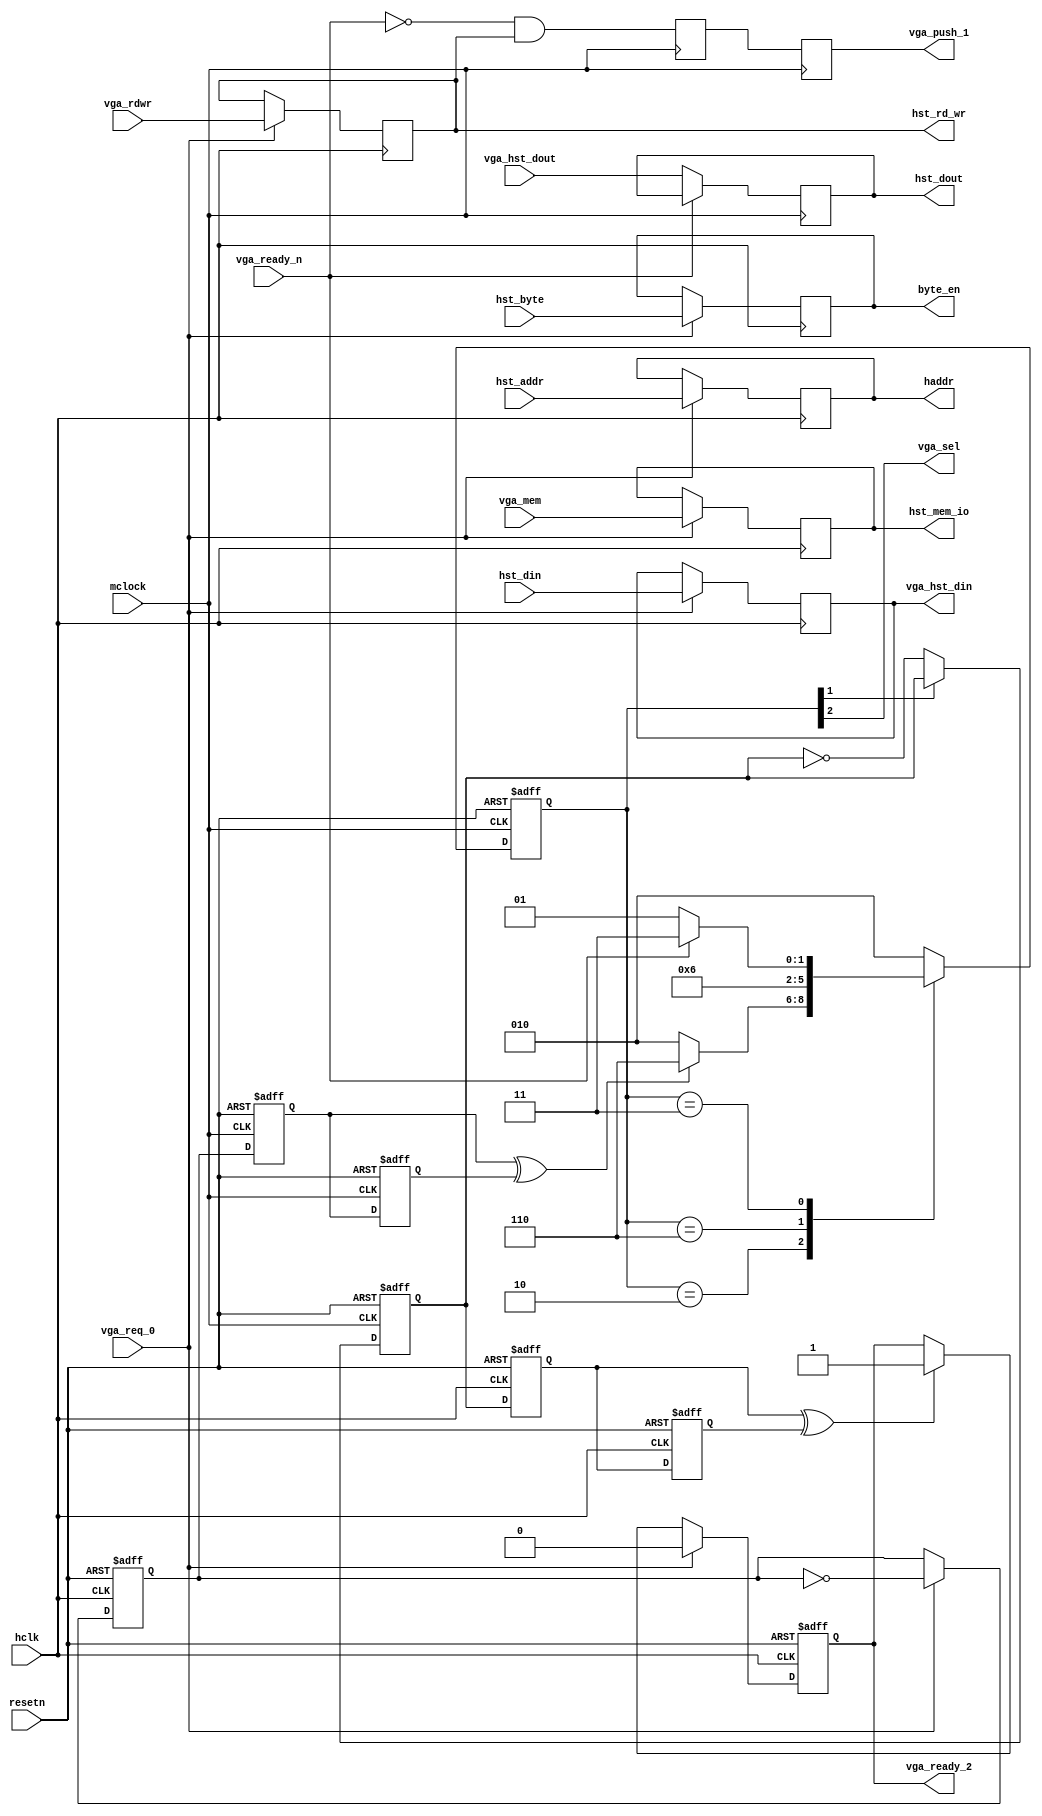
module vga_hint
    (
     input		hclk,		// Host Interface Clock
     input		resetn,		// PCI system resetn
     input		vga_req_0,	// Host VGA request
     input		vga_rdwr,	// Host VGA read/write request
     input		vga_mem,	// Host VGA memory request
     input	[3:0]	hst_byte,	// PCI Byte enables
     input	[31:0]	hst_din,	// PCI Data for writes
     input	[22:0]	hst_addr,	// PCI address
     input		mclock,		// Memory Clock
     input	[31:0]	vga_hst_dout,	// Data from VGA core 
     input		vga_ready_n,	// VGA cycle done
     
     output reg	[31:0]	hst_dout,	// Data to HBI
     output reg	[31:0]	vga_hst_din,	// Latched HBI data to VGA core
     output reg	[22:0]	haddr,		// Latched host addr
     output		vga_sel,	// VGA select (starts VGA host cycle)
     output reg		hst_rd_wr,	// VGA rd/wr cycle select
     output reg	[3:0]	byte_en,	// VGA data transfer size
     output reg		hst_mem_io,	// VGA mem/io cycle select
     output reg		vga_ready_2,
     output reg		vga_push_1
     );
  
  reg [2:0] 		cstate, nstate;
  reg 			done_0, done_1;
  reg 			toggle_req, toggle_done;
  reg 			req0, req1;
  reg 			vga_push_0;

  wire 			svga_req;	// Internal VGA request
  wire 			vga_clear;

  parameter 		
			/*
			 State bits are the concatination of:
			 {vga_sel, vga_clear, state[0]}
			 */
			vga_0 = 3'b010,
			vga_1 = 3'b110,
			vga_2 = 3'b011,
			vga_3 = 3'b001;

  // data block for register -- no protection for errant writes
  always @(posedge hclk)
    if (vga_req_0) begin
      vga_hst_din  <= hst_din;
      haddr        <= hst_addr;
      hst_rd_wr    <= vga_rdwr;
      hst_mem_io   <= vga_mem;
      byte_en      <= hst_byte;
    end

  always @(posedge hclk or negedge resetn)
    if (!resetn) begin
      toggle_req  <= 1'b0;
      vga_ready_2 <= 1'b1;
      done_0      <= 1'b0;
      done_1      <= 1'b0;
    end else begin

      done_0 <= toggle_done;
      done_1 <= done_0;

      if (vga_req_0) begin
	toggle_req  <= ~toggle_req;
	vga_ready_2 <= 1'b0;
      end else if (done_0 ^ done_1) vga_ready_2 <= 1'b1;
    end
  
  always @(posedge mclock or negedge resetn)
    if (!resetn) begin
      toggle_done <= 1'b0;
      req0 <= 1'b0;
      req1 <= 1'b0;
    end else begin
      req0 <= toggle_req;
      req1 <= req0;

      if (~vga_clear) toggle_done <= ~toggle_done;
    end

  always @(posedge mclock or negedge resetn)
    if (!resetn) cstate <= vga_0;
    else	 cstate <= nstate;

  assign svga_req = req0 ^ req1;
  
  always @* begin
    nstate = vga_0;
    case(cstate)
      vga_0: begin
	if (svga_req)     nstate = vga_1;
	else              nstate = vga_0;
      end 
      vga_1:              nstate = vga_2;
      vga_2: begin
	if (!vga_ready_n) nstate = vga_3;
	else              nstate = vga_2;
      end 
      vga_3:              nstate = vga_0;
      default:            nstate = vga_0; // stop linter
    endcase
  end

  assign vga_sel   = cstate[2];
  assign vga_clear = cstate[1];

  // Load data out register and generate vga_push signal
  always @(posedge mclock) begin
    if (!vga_ready_n) hst_dout <= vga_hst_dout;
    vga_push_1 <= vga_push_0 ;
    vga_push_0 <= ~vga_ready_n & hst_rd_wr;
  end

endmodule